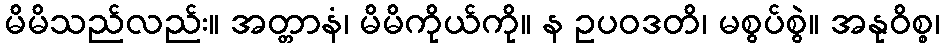
မိမိသည်လည်း။ အတ္တာနံ၊ မိမိကိုယ်ကို။ န ဥပဝဒတိ၊ မစွပ်စွဲ။ အနုဝိစ္စ၊